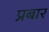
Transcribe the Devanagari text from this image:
प्रबार